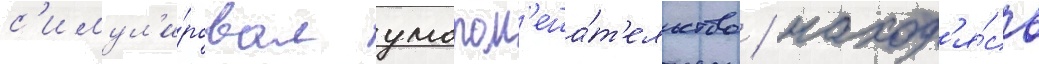
с'имул'и́ровал умопом'еша́т'ельство / наход'я́сь